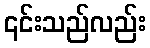
၎င်းသည်လည်း